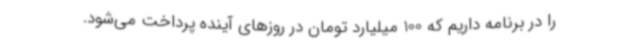
را در برنامه داریم که 100 میلیارد تومان در روزهای آینده پرداخت می‌شود.